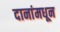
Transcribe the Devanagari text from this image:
दानांमधून